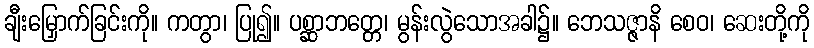
ချီးမြှောက်ခြင်းကို။ ကတွာ၊ ပြု၍။ ပစ္ဆာဘတ္တေ၊ မွန်းလွဲသောအခါ၌။ ဘေသဇ္ဇာနိ စေဝ၊ ဆေးတို့ကို